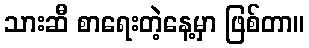
သားဆီ စာရေးတဲ့နေ့မှာ ဖြစ်တာ။